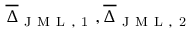
\overline { { \Delta } } _ { \mathrm { ~ J ~ M ~ L ~ , ~ 1 ~ } } , \overline { { \Delta } } _ { \mathrm { ~ J ~ M ~ L ~ , ~ 2 ~ } }